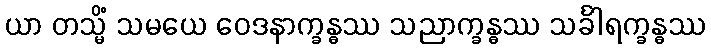
ယာ တသ္မိံ သမယေ ဝေဒနာက္ခန္ဓဿ သညာက္ခန္ဓဿ သင်္ခါရက္ခန္ဓဿ